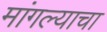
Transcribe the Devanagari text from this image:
मांगल्याचा